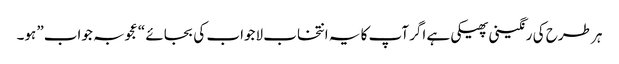
ہر طرح کی رنگینی پھیکی ہے اگر آپ کا یہ انتخاب لاجواب کی بجائے “عجوبہ جواب” ہو۔